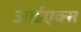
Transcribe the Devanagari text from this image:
आईएक्स